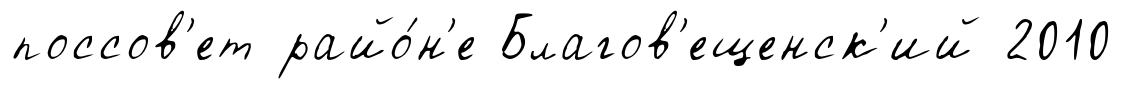
поссов'ет райо́н'е Благов'ещенск'ий 2010